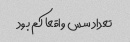
تعداد سس واقعا کم بود